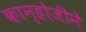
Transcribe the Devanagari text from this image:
कान्होजीने